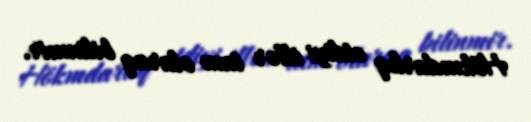
Hökmdarlıq etdiyi illər tam olaraq bilinmir.